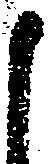
申